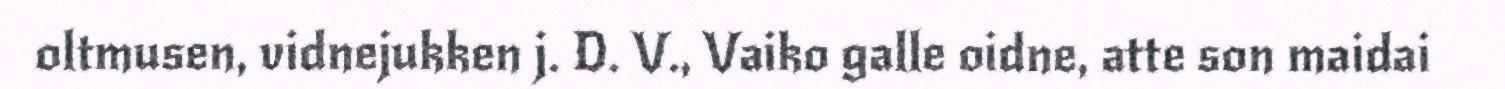
oltmusen, vidnejukken j. D. V., Vaiko galle oidne, atte son maidai